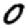
Digit: 0